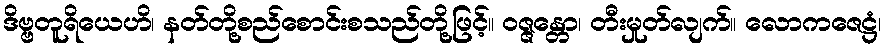
ဒိဗ္ဗတူရိယေဟိ၊ နတ်တို့စည်စောင်းစသည်တို့ဖြင့်။ ဝဇ္ဇန္တော၊ တီးမှုတ်လျက်။ လောကဇေဋ္ဌံ၊